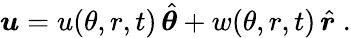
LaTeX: \boldsymbol{u}=u(\theta,r,t)\, \hat{\boldsymbol\theta}+w(\theta,r,t)\, \hat{\boldsymbol r}\; .